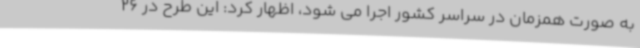
به صورت همزمان در سراسر کشور اجرا می شود، اظهار کرد: این طرح در 26